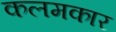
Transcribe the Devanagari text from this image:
कलमकार